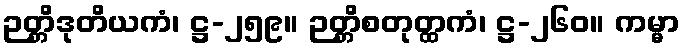
ဉတ္တိဒုတိယကံ၊ ဋ္ဌ-၂၅၉။ ဉတ္တိစတုတ္ထကံ၊ ဋ္ဌ-၂၆၀။ ကမ္မာ